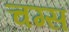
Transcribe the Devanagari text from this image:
चग्स